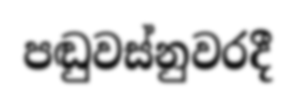
පඬුවස්නුවරදී